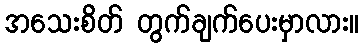
အသေးစိတ် တွက်ချက်ပေးမှာလား။